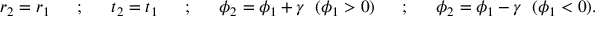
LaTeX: r _ { 2 } = r _ { 1 } ~ ~ ~ ~ ~ ; ~ ~ ~ ~ ~ t _ { 2 } = t _ { 1 } ~ ~ ~ ~ ~ ; ~ ~ ~ ~ ~ \phi _ { 2 } = \phi _ { 1 } + \gamma ~ ~ ( \phi _ { 1 } > 0 ) ~ ~ ~ ~ ~ ; ~ ~ ~ ~ ~ \phi _ { 2 } = \phi _ { 1 } - \gamma ~ ~ ( \phi _ { 1 } < 0 ) .